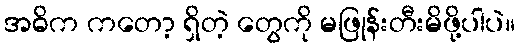
အဓိက ကတော့ ရှိတဲ့ တွေကို မဖြုန်းတီးမိဖို့ပါပဲ။